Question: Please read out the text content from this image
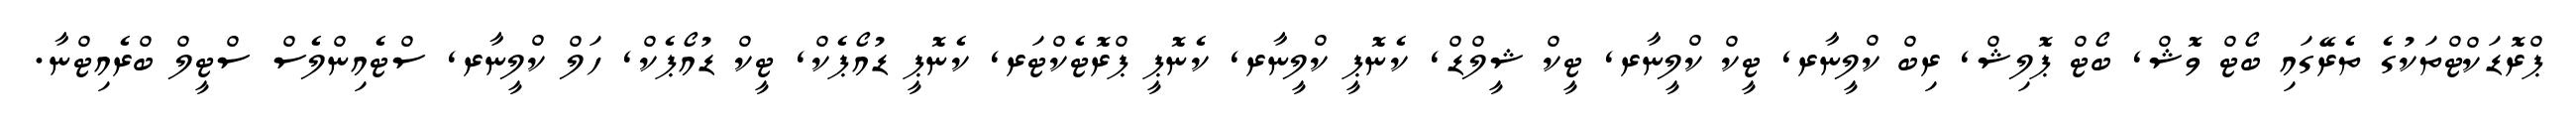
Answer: ޕްރޮޑަކްޓްތަކުގެ ތެރޭގައި ބޯޓް ވޮޝް, ބޯޓް ޕޮލިޝް, ރިބް ކްލީނާރ, ޓީކް ކްލީނާރ, ޓީކް ޝީލްޑް, ކެނޮޕީ ކްލީނާރ, ކެނޮޕީ ޕްރޮޓެކްޓަރ, ކެނޮޕީ ޑުއޯޕެކް, ޓީކް ޑުއޯޕެކް, ހަލް ކްލީނާރ, ސްޓެއިންލެސް ސްޓީލް ބްރެއިޓްނާ.